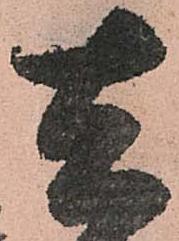
去